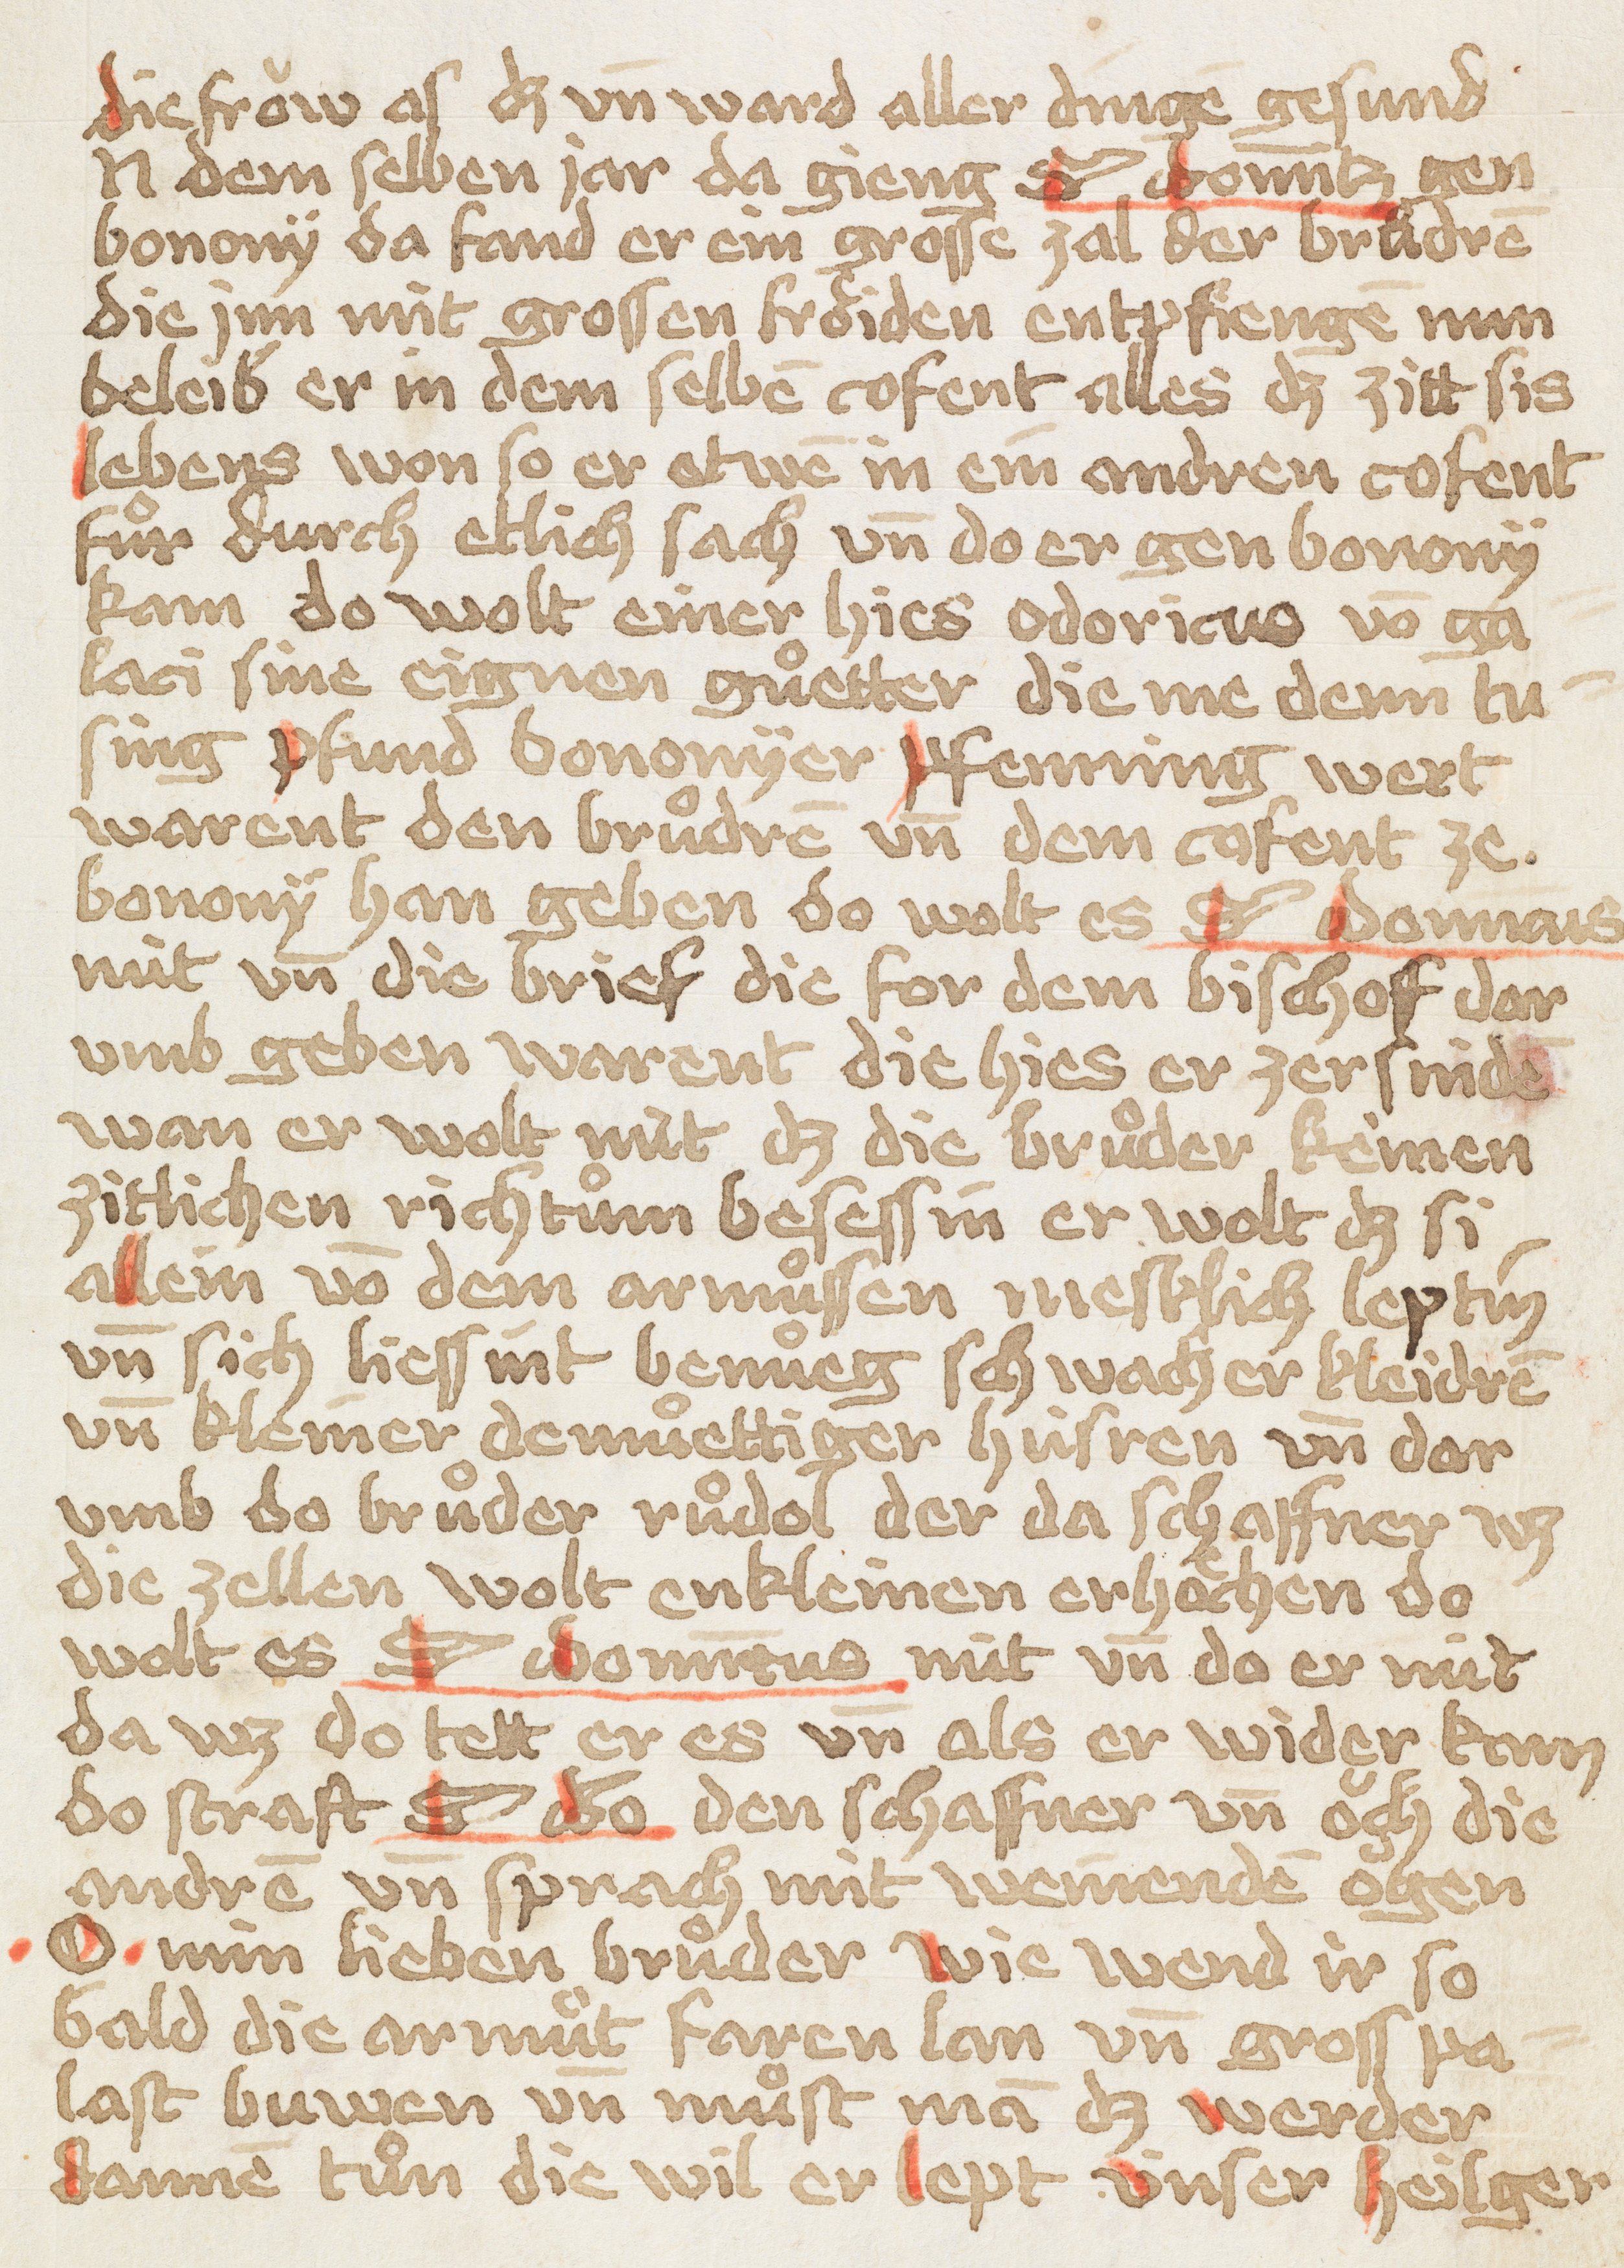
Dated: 1449–1449